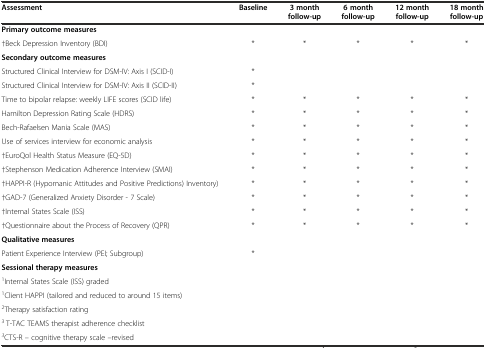
<table><thead><tr><td><b>Assessment</b></td><td><b>Baseline</b></td><td><b>3 month follow-up</b></td><td><b>6 month follow-up</b></td><td><b>12 month follow-up</b></td><td><b>18 month follow-up</b></td></tr></thead><tbody><tr><td colspan="6"><b>Primary outcome measures</b></td></tr><tr><td>†Beck Depression Inventory (BDI)</td><td>*</td><td>*</td><td>*</td><td>*</td><td>*</td></tr><tr><td colspan="6"><b>Secondary outcome measures</b></td></tr><tr><td>Structured Clinical Interview for DSM-IV: Axis I (SCID-I)</td><td>*</td><td></td><td></td><td></td><td></td></tr><tr><td>Structured Clinical Interview for DSM-IV: Axis II (SCID-II)</td><td>*</td><td></td><td></td><td></td><td></td></tr><tr><td>Time to bipolar relapse: weekly LIFE scores (SCID life)</td><td>*</td><td>*</td><td>*</td><td>*</td><td>*</td></tr><tr><td>Hamilton Depression Rating Scale (HDRS)</td><td>*</td><td>*</td><td>*</td><td>*</td><td>*</td></tr><tr><td>Bech-Rafaelsen Mania Scale (MAS)</td><td>*</td><td>*</td><td>*</td><td>*</td><td>*</td></tr><tr><td>Use of services interview for economic analysis</td><td>*</td><td>*</td><td>*</td><td>*</td><td>*</td></tr><tr><td>†EuroQol Health Status Measure (EQ-5D)</td><td>*</td><td>*</td><td>*</td><td>*</td><td>*</td></tr><tr><td>†Stephenson Medication Adherence Interview (SMAI)</td><td>*</td><td>*</td><td>*</td><td>*</td><td>*</td></tr><tr><td>†HAPPI-R (Hypomanic Attitudes and Positive Predictions) Inventory)</td><td>*</td><td>*</td><td>*</td><td>*</td><td>*</td></tr><tr><td>†GAD-7 (Generalized Anxiety Disorder - 7 Scale)</td><td>*</td><td>*</td><td>*</td><td>*</td><td>*</td></tr><tr><td>†Internal States Scale (ISS)</td><td>*</td><td>*</td><td>*</td><td>*</td><td>*</td></tr><tr><td>†Questionnaire about the Process of Recovery (QPR)</td><td>*</td><td>*</td><td>*</td><td>*</td><td>*</td></tr><tr><td colspan="6"><b>Qualitative measures</b></td></tr><tr><td>Patient Experience Interview (PEI; Subgroup)</td><td>*</td><td></td><td></td><td></td><td></td></tr><tr><td colspan="6"><b>Sessional therapy measures</b></td></tr><tr><td><sup>1</sup>Internal States Scale (ISS) graded</td><td></td><td></td><td></td><td></td><td></td></tr><tr><td><sup>1</sup>Client HAPPI (tailored and reduced to around 15 items)</td><td></td><td></td><td></td><td></td><td></td></tr><tr><td><sup>2</sup>Therapy satisfaction rating</td><td></td><td></td><td></td><td></td><td></td></tr><tr><td><sup>3</sup> T-TAC TEAMS therapist adherence checklist</td><td></td><td></td><td></td><td></td><td></td></tr><tr><td><sup><i>3</i></sup>CTS<i>-</i>R <i>–</i> cognitive therapy scale <i>–</i>revised</td><td></td><td></td><td></td><td></td><td></td></tr></tbody></table>